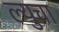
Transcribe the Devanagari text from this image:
ल्युचा